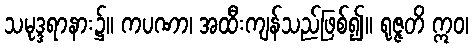
သမုဒ္ဒရာနား၌။ ကပဏာ၊ အထီးကျန်သည်ဖြစ်၍။ ရုဇ္ဇတိ ဣဝ၊